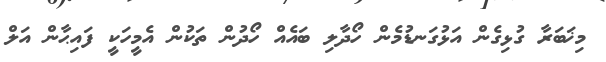
މިޚަބަރާ ގުޅިގެން އަޅުގަނޑުމެން ހޯދާލި ބައެއް ހޯދުން ތަކުން އެމީހަކީ ފައިޙާން އަލް